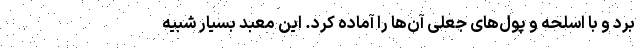
برد و با اسلحه و پول‌های جعلی آن‌ها را آماده کرد. این معبد بسیار شبیه